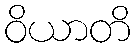
ဝိယာတိ